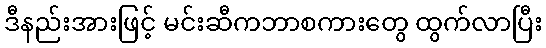
ဒီနည်းအားဖြင့် မင်းဆီကဘာစကားတွေ ထွက်လာပြီး